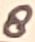
Text: 8